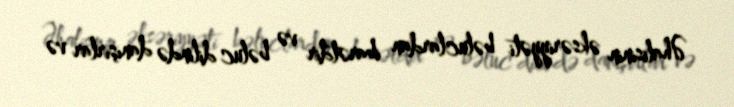
Əhalisinin əksəriyyəti bəluclardan ibarətdir və bəluc dilində danışırlar və